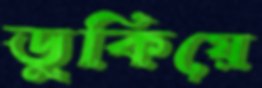
ডুকিয়ে